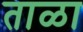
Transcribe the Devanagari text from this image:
ताळा